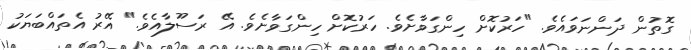
ގޮތުން ދަންނަވައެވެ. "ހަރުކޮށް ހިންގަވާށެވެ. ހަރުކޮށް ހިންގަވާށެވެ. އޭ ރަސޫލާއެވެ." އޭރު އެތައްބަޔަކު